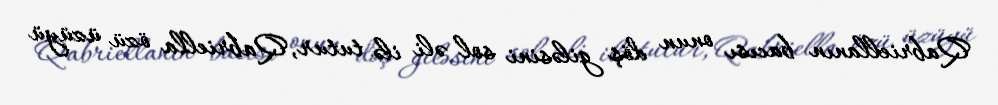
Qabriellanın bacısı onun döş giləsini sol əli ilə tutur, Qabriella özü üzüyü